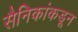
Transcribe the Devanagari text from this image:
सैनिकांकडून